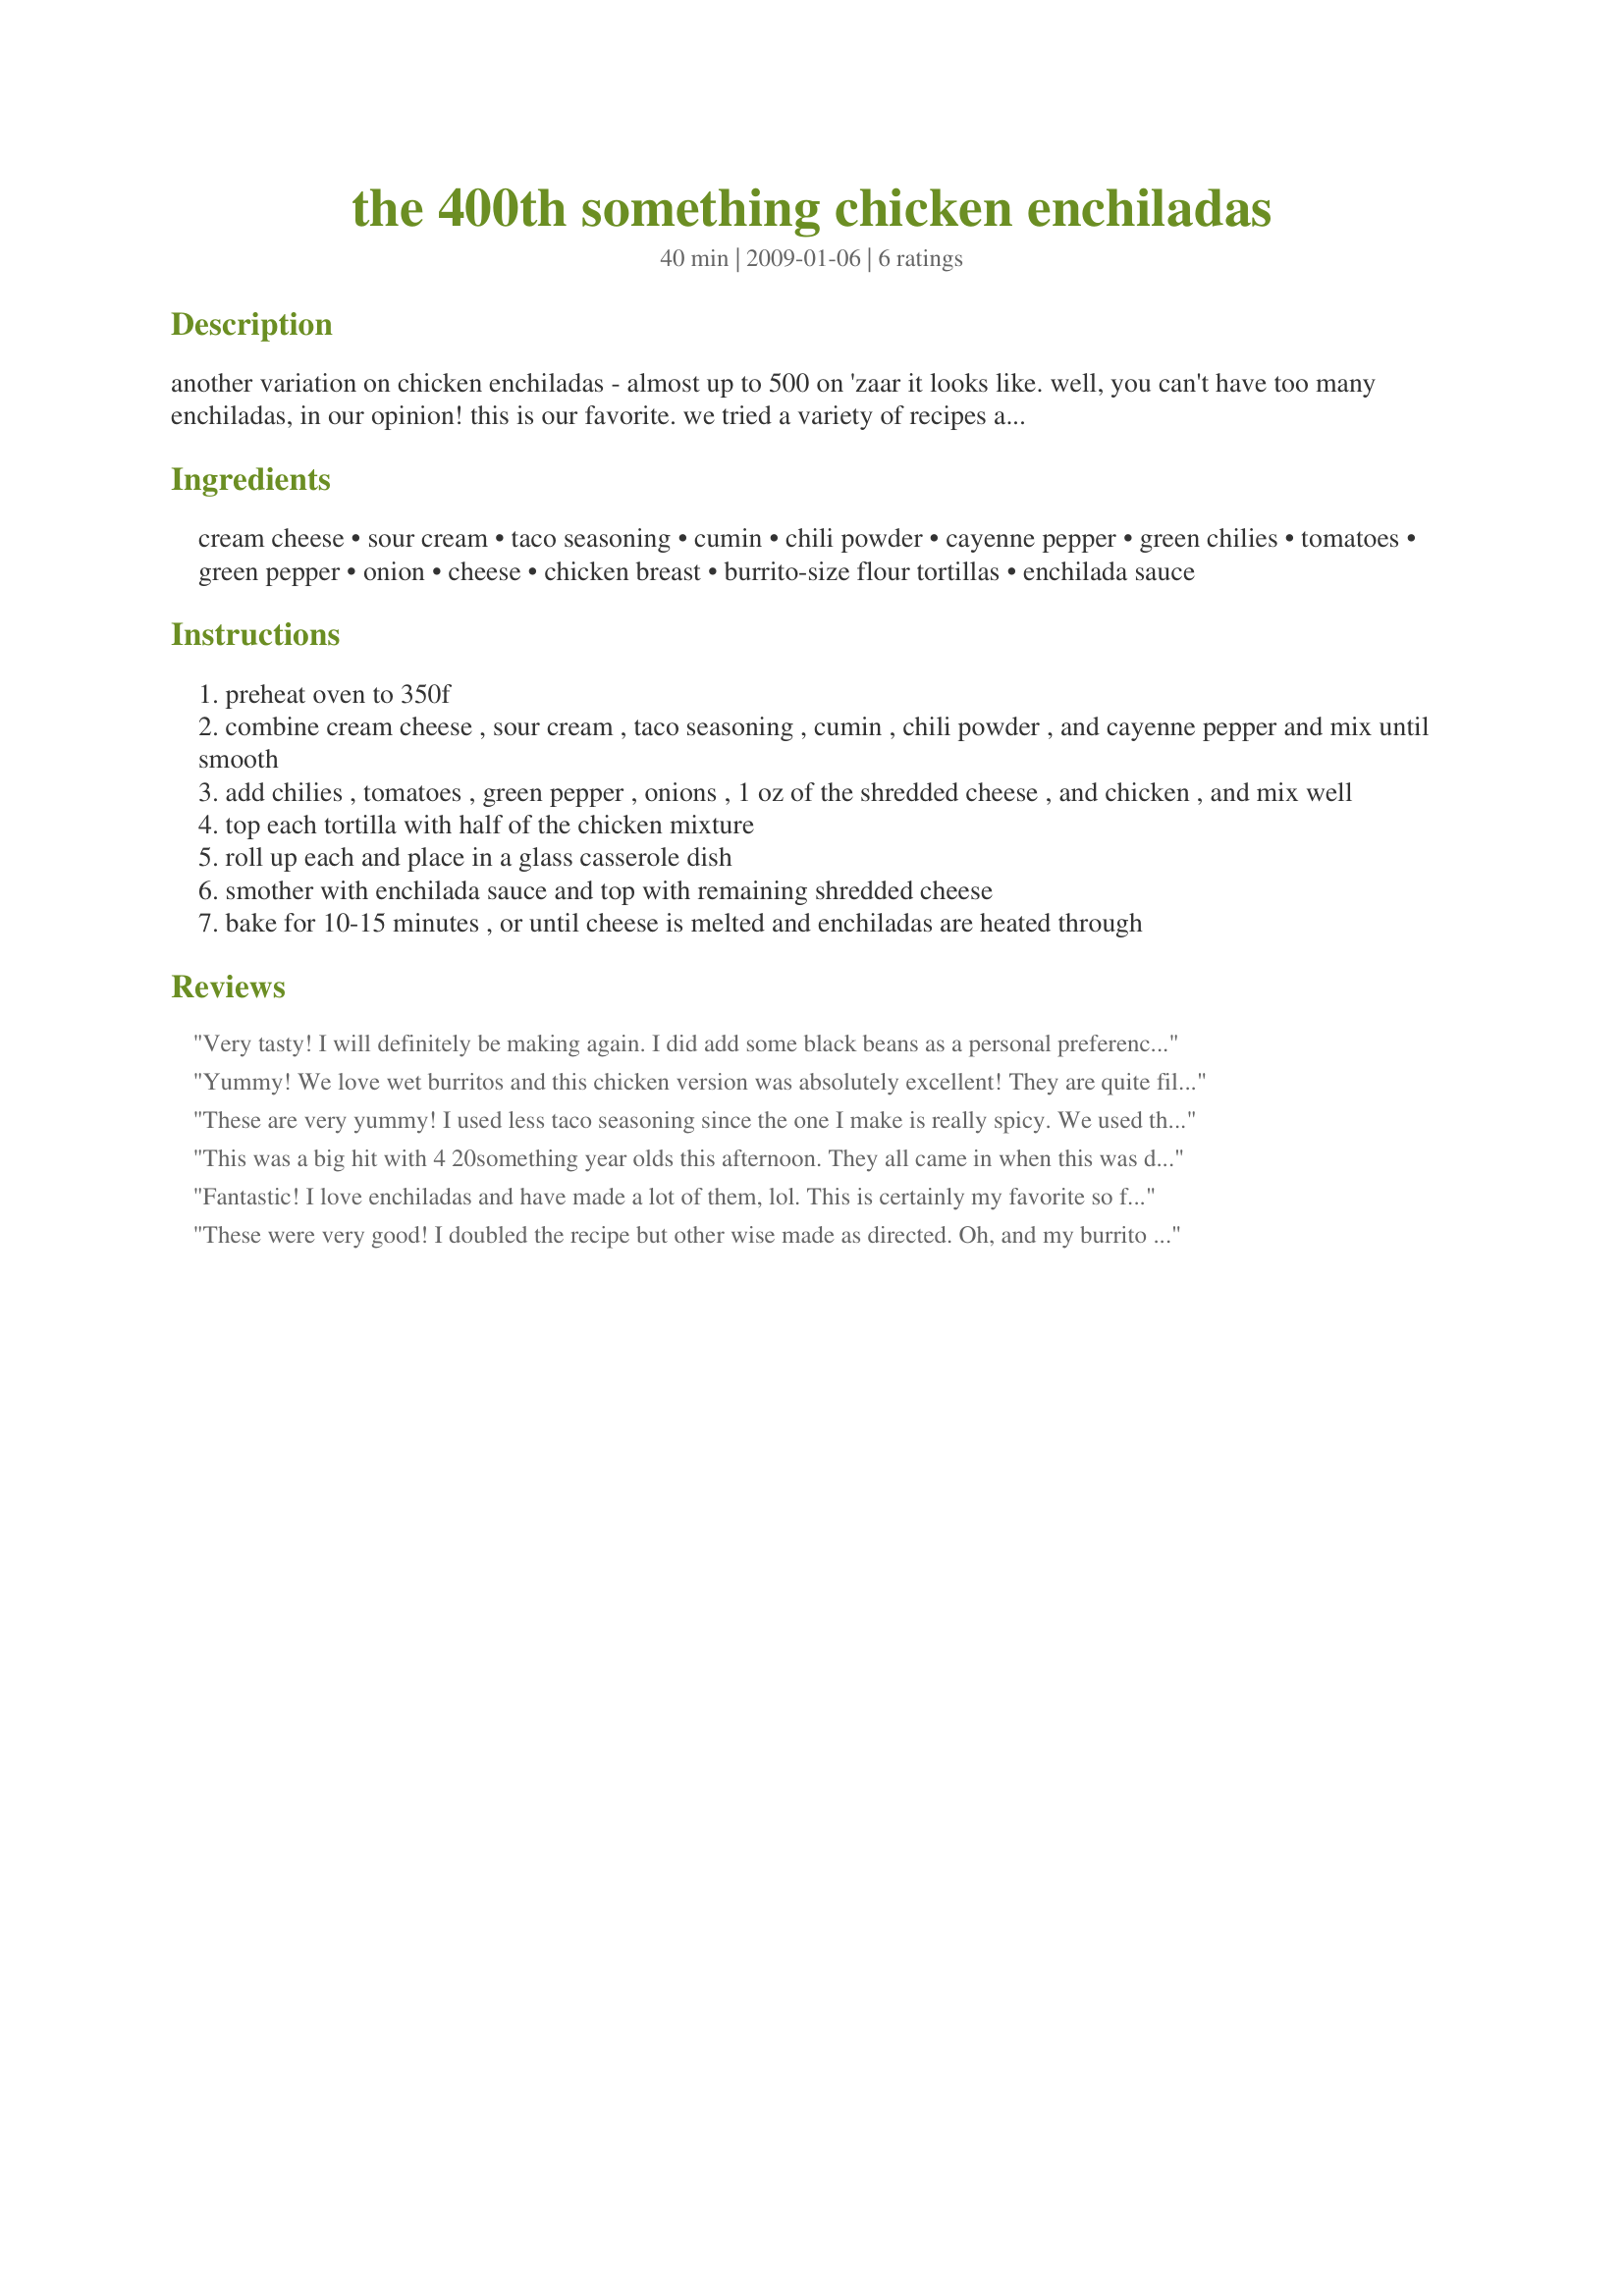
the 400th something chicken enchiladas
Preparation time: 40 minutes

another variation on chicken enchiladas - almost up to 500 on 'zaar it looks like. well, you can't have too many enchiladas, in our opinion! this is our favorite. we tried a variety of recipes and then ended up developing this one by taking our favorite elements from the others, with particular enjoyment of the sour cream/cream cheese addition from recipe #39681, and personal preference (we like more veggies in ours than most seem to have in them). low-fat/fat-free dairy products can be used - just be aware that fat-free cheese doesn't always melt as well as low-fat or regular does, so watch it carefully for doneness if that is used. enjoy this with any kind of enchilada sauce - we've used red sauce, green chile sauce, sour cream sauce (i generally just make this like a roux, but add a combination of sour cream and chicken broth instead of milk), and mole sauce - my favorite! (i would highly recommend recipe #35659). feel free to add more sauce or cheese, as desired ... i've learned that we seem to like less of those ingredients than others :)

Ingredients:
cream cheese, sour cream, taco seasoning, cumin, chili powder, cayenne pepper, green chilies, tomatoes, green pepper, onion, cheese, chicken breast, burrito-size flour tortillas, enchilada sauce

Steps:
preheat oven to 350f
combine cream cheese , sour cream , taco seasoning , cumin , chili powder , and cayenne pepper and mix until smooth
add chilies , tomatoes , green pepper , onions , 1 oz of the shredded cheese , and chicken , and mix well
top each tortilla with half of the chicken mixture
roll up each and place in a glass casserole dish
smother with enchilada sauce and top with remaining shredded cheese
bake for 10-15 minutes , or until cheese is melted and enchiladas are heated through

Reviews:
Very tasty! I will definitely be making again. I did add some black beans as a personal preference. Made for Ramadan Tag 2010
Yummy! We love wet burritos and this chicken version was absolutely excellent! They are quite filling so not too many sides are needed to complete this as a meal. I would suggest a mini taco salad on the side (maybe without meat- just lettuce, tomato, some other chopped veggies along with a little bit of sour cream and guacamole and crispy tortilla strips). I am sure this will be a family favorite for a long time to come! Thanks for sharing. ~Sue
These are very yummy! I used less taco seasoning since the one I make is really spicy. We used the super tiny tortillas, which seem to be about a fourth the size of the huge ones - and 8 of them worked out perfectly. I took Sue's advice and made a little guacamole salad to go with it (although not necessary, it was a good accompaniment). Yum!
This was a big hit with 4 20something year olds this afternoon. They all came in when this was done and they were hungry. I was going to save one but they ate them all; so, our picture comes from the second pan, with corn tortillas. They declared that this was the best chicken enchiladas they had ever had. Made for ZWT8.
Fantastic! I love enchiladas and have made a lot of them, lol. This is certainly my favorite so far. The filling is creamy and just the right amount of spices to add that extra something. I also enjoyed the little bites of crunch from the veggies. My grandson rated these the best we've ever had. Thanks Starrynews for a real winner. Made for Went To The Market Tag.
These were very good! I doubled the recipe but other wise made as directed. Oh, and my burrito shells didn't look big enough to be burrito shells...? So we ended up using a couple more than the recipe called for. The filling was so yummy - the seasonings were perfect. We loved this recipe. Thanks for posting! Made for Theirs, Yours, & Mine Photo Tag.
